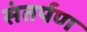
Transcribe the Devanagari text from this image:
संतर्पण